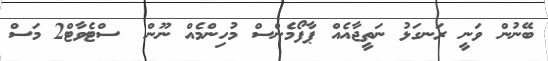
ބޭނުން ވަނީ ރަނގަޅު ނަތީޖާއެއް ޕާފޯމެންސް މުހިންމެއް ނޫން  ސްޓެވާޓް2 މަސް